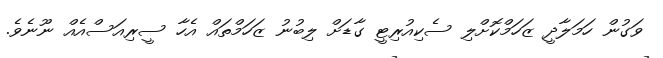
ވަގުން ހަމަލާދީ ޒަހަމްކޮށްލި ސެކިއުރިޓީ ގާޑަށް ލިބުނު ޒަހަމްތައް އެހާ ސީރިއަސްއެއް ނޫނެވެ.